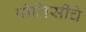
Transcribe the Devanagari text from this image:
पॉलिसीचे